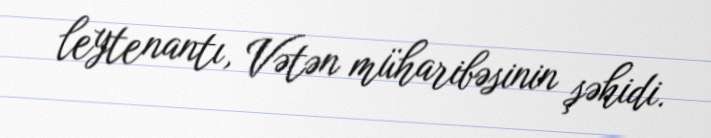
leytenantı, Vətən müharibəsinin şəhidi.